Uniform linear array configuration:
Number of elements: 32
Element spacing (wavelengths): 0.25
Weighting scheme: cosine
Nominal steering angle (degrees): -15
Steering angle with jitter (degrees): -16.533
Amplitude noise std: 0.05
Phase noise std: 0.05

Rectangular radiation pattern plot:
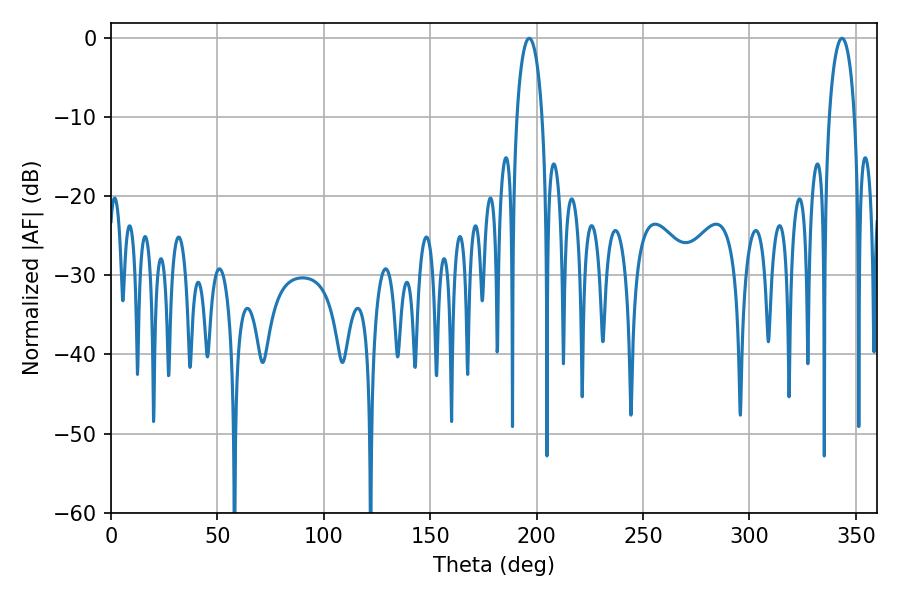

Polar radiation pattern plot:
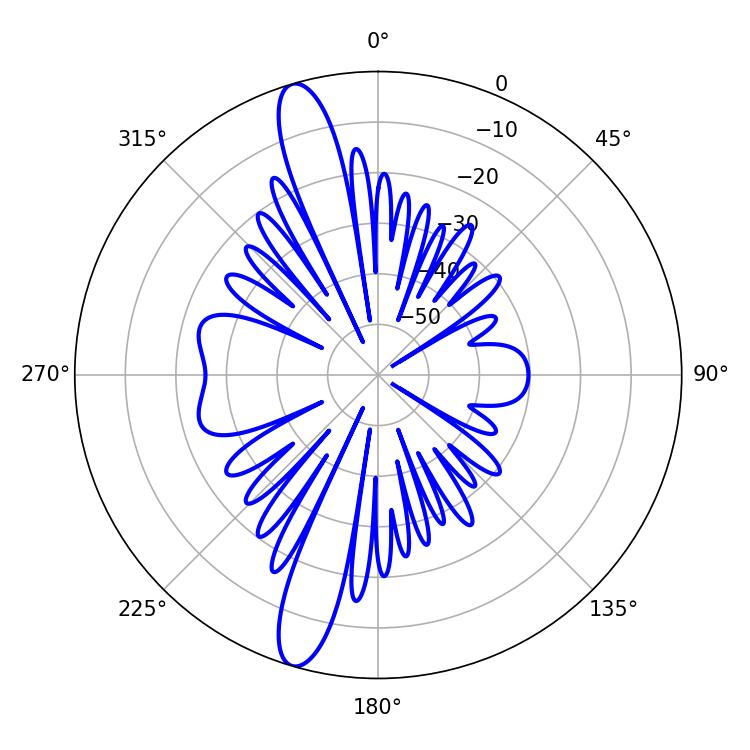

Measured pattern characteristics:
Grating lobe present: FALSE
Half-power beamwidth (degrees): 6.84
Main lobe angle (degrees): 196.56